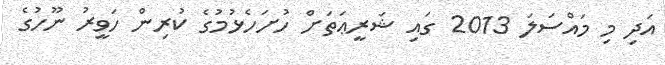
އަދި މި މައްސަލަ 2013 ގައި ޝަރީޢަތަށް ހުށަހެޅުމުގެ ކުރިން ހަވީރު ނޫހުގެ